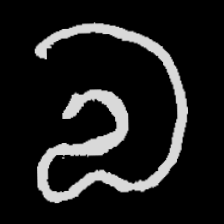
Pyu character \u2014 Myanmar letter: လ (romanized: la)